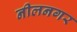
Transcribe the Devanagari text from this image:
नीलनगर